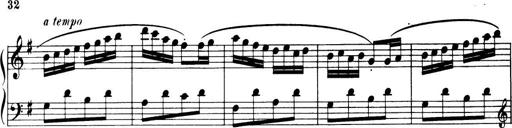
Title: 32 Sonatinas and Rondos for the Piano
Composer: Richard Kleinmichel